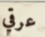
عرقي